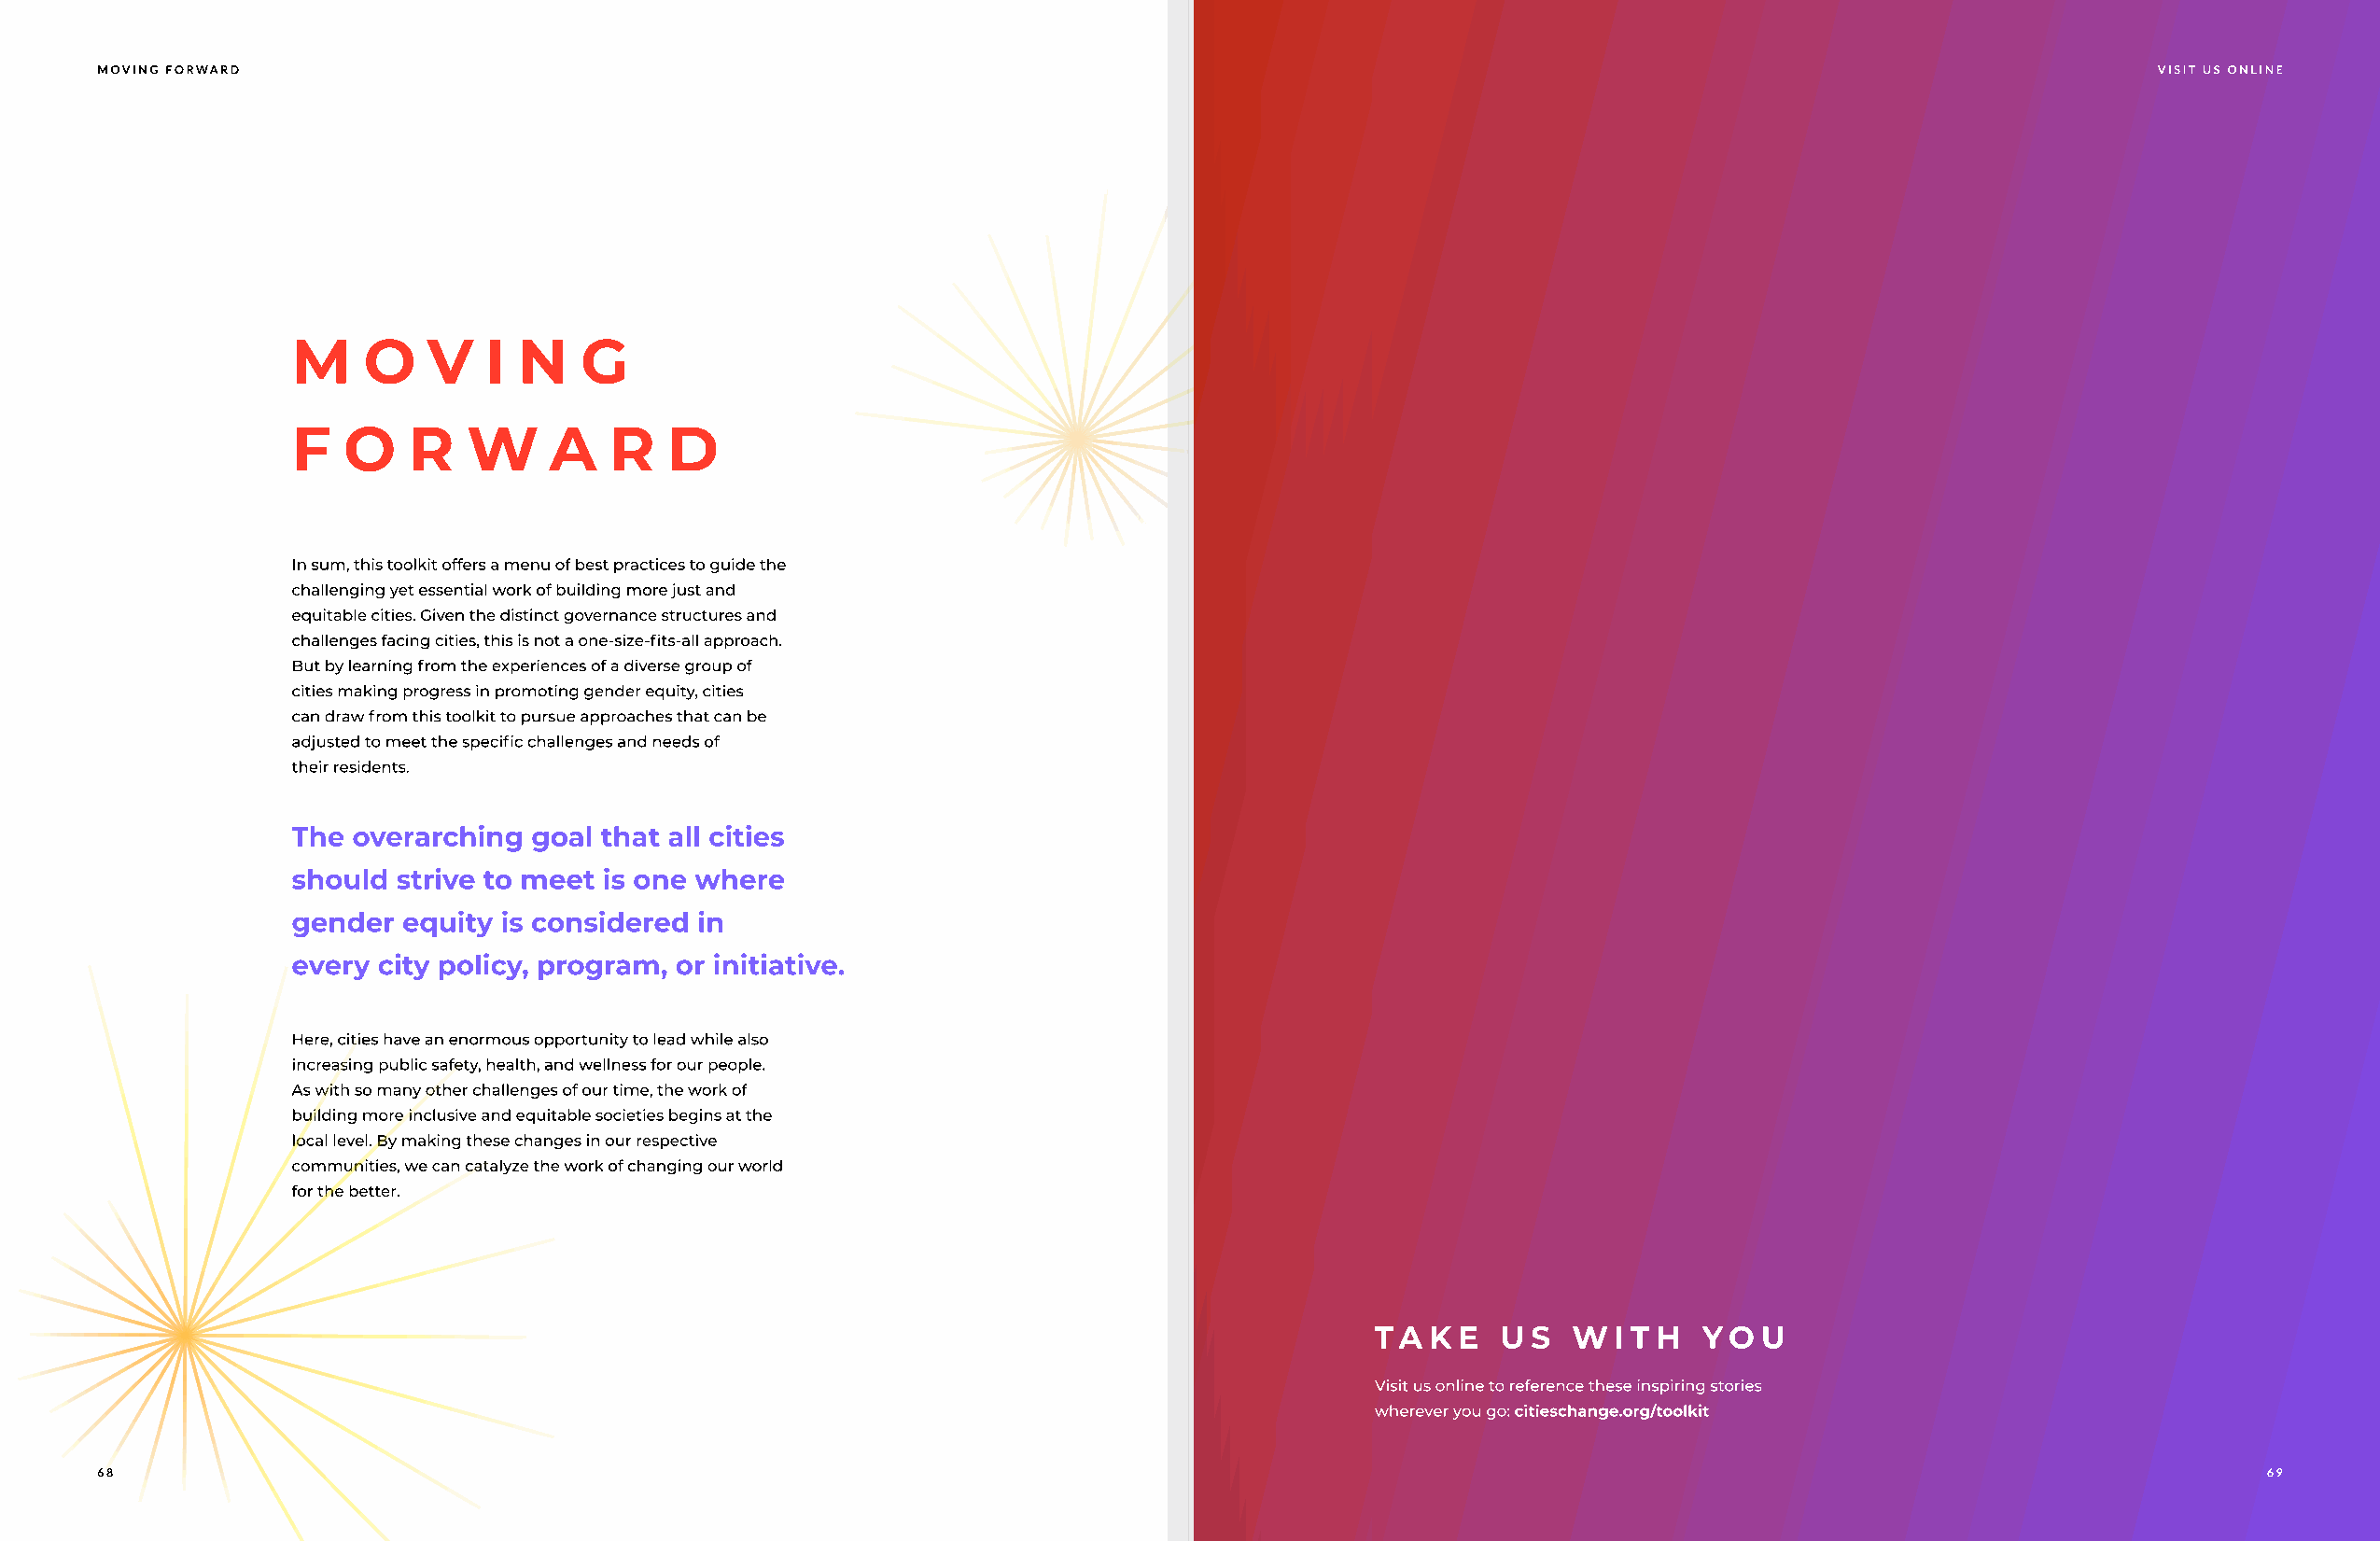
MOVING FORWARD                                                                                                                                    VISIT US ONLINE
 M    O   V   I  N   G
 F  O    R   W     A   R   D
 In sum, this toolkit offers a menu of best practices to guide the
 challenging yet essential work of building more just and
 equitable cities. Given the distinct governance structures and
 challenges facing cities, this is not a one-size-fits-all approach.
 But by learning from the experiences of a diverse group of
 cities making progress in promoting gender equity, cities
 can draw from this toolkit to pursue approaches that can be
 adjusted to meet the specific challenges and needs of
 their residents.
 The overarching  goal that all cities
 should strive to meet is one where
 gender  equity is considered in
 every city policy, program, or initiative.
 Here, cities have an enormous opportunity to lead while also
 increasing public safety, health, and wellness for our people.
 As with so many other challenges of our time, the work of
 building more inclusive and equitable societies begins at the
 local level. By making these changes in our respective
 communities, we can catalyze the work of changing our world
 for the better.
 ta  k e  u  s  wi  t h  yo  u
 Visit us online to reference these inspiring stories
 wherever you go: citieschange.org/toolkit
 68                                                                                                                                                        69